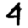
Digit: 4